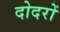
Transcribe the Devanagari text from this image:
दोदरों